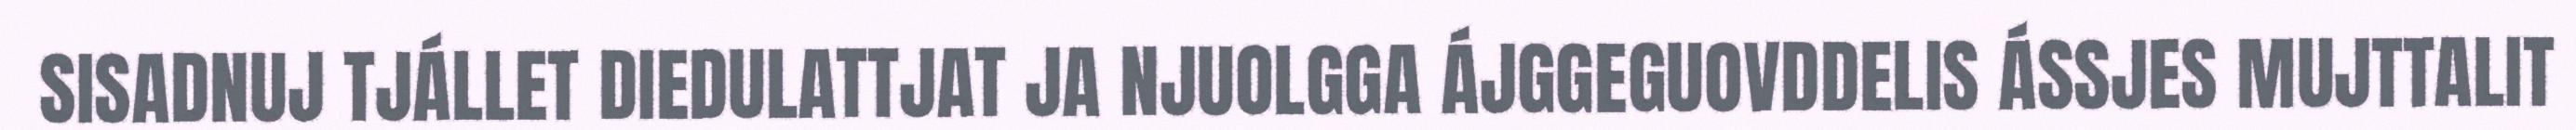
SISADNUJ TJÁLLET DIEDULATTJAT JA NJUOLGGA ÁJGGEGUOVDDELIS ÁSSJES MUJTTALIT